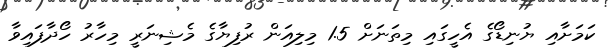
ކަމަށާއި ޔުނިޑޯގެ އެހީގައި މިތަނަށް 1.5 މިލިއަން ރުފިޔާގެ މެޝިނަރީ މިހާރު ހޯދާފައިވާ